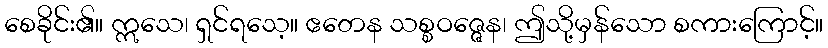
စေခိုင်း၏။ ဣသေ၊ ရှင်ရသေ့။ ဧတေန သစ္စဝဇ္ဇေန၊ ဤသို့မှန်သော စကားကြောင့်။